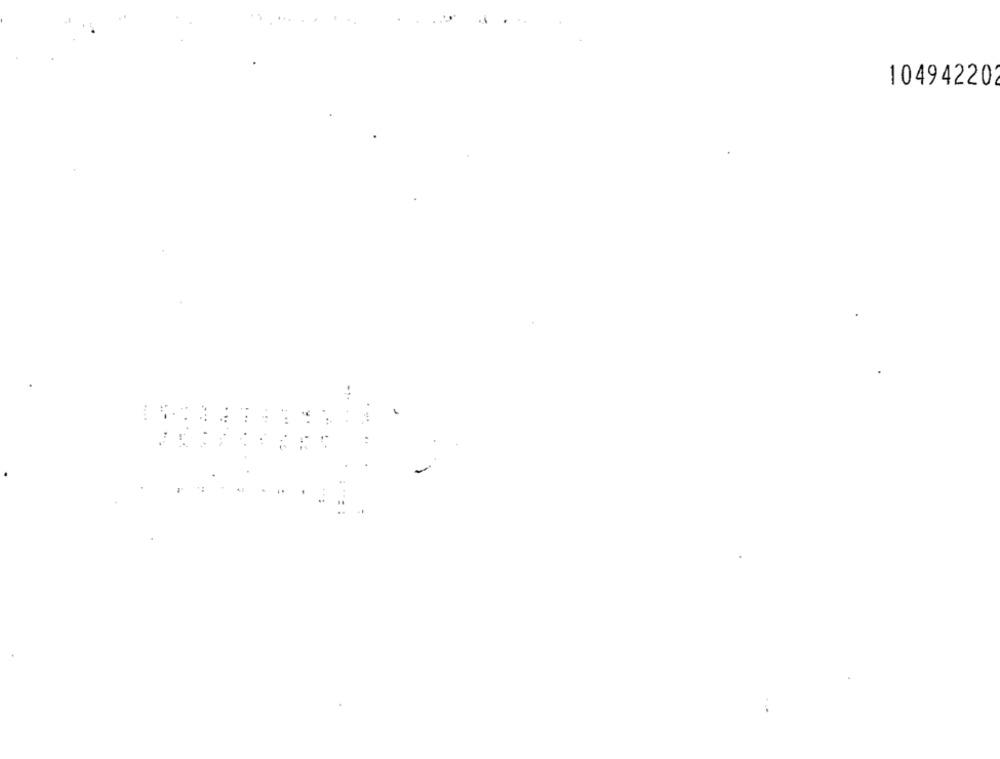
104942202
-